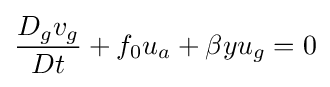
{{D_{g}v_{g} \over Dt}+{f_{0}u_{a}}+{\beta yu_{g}}=0}